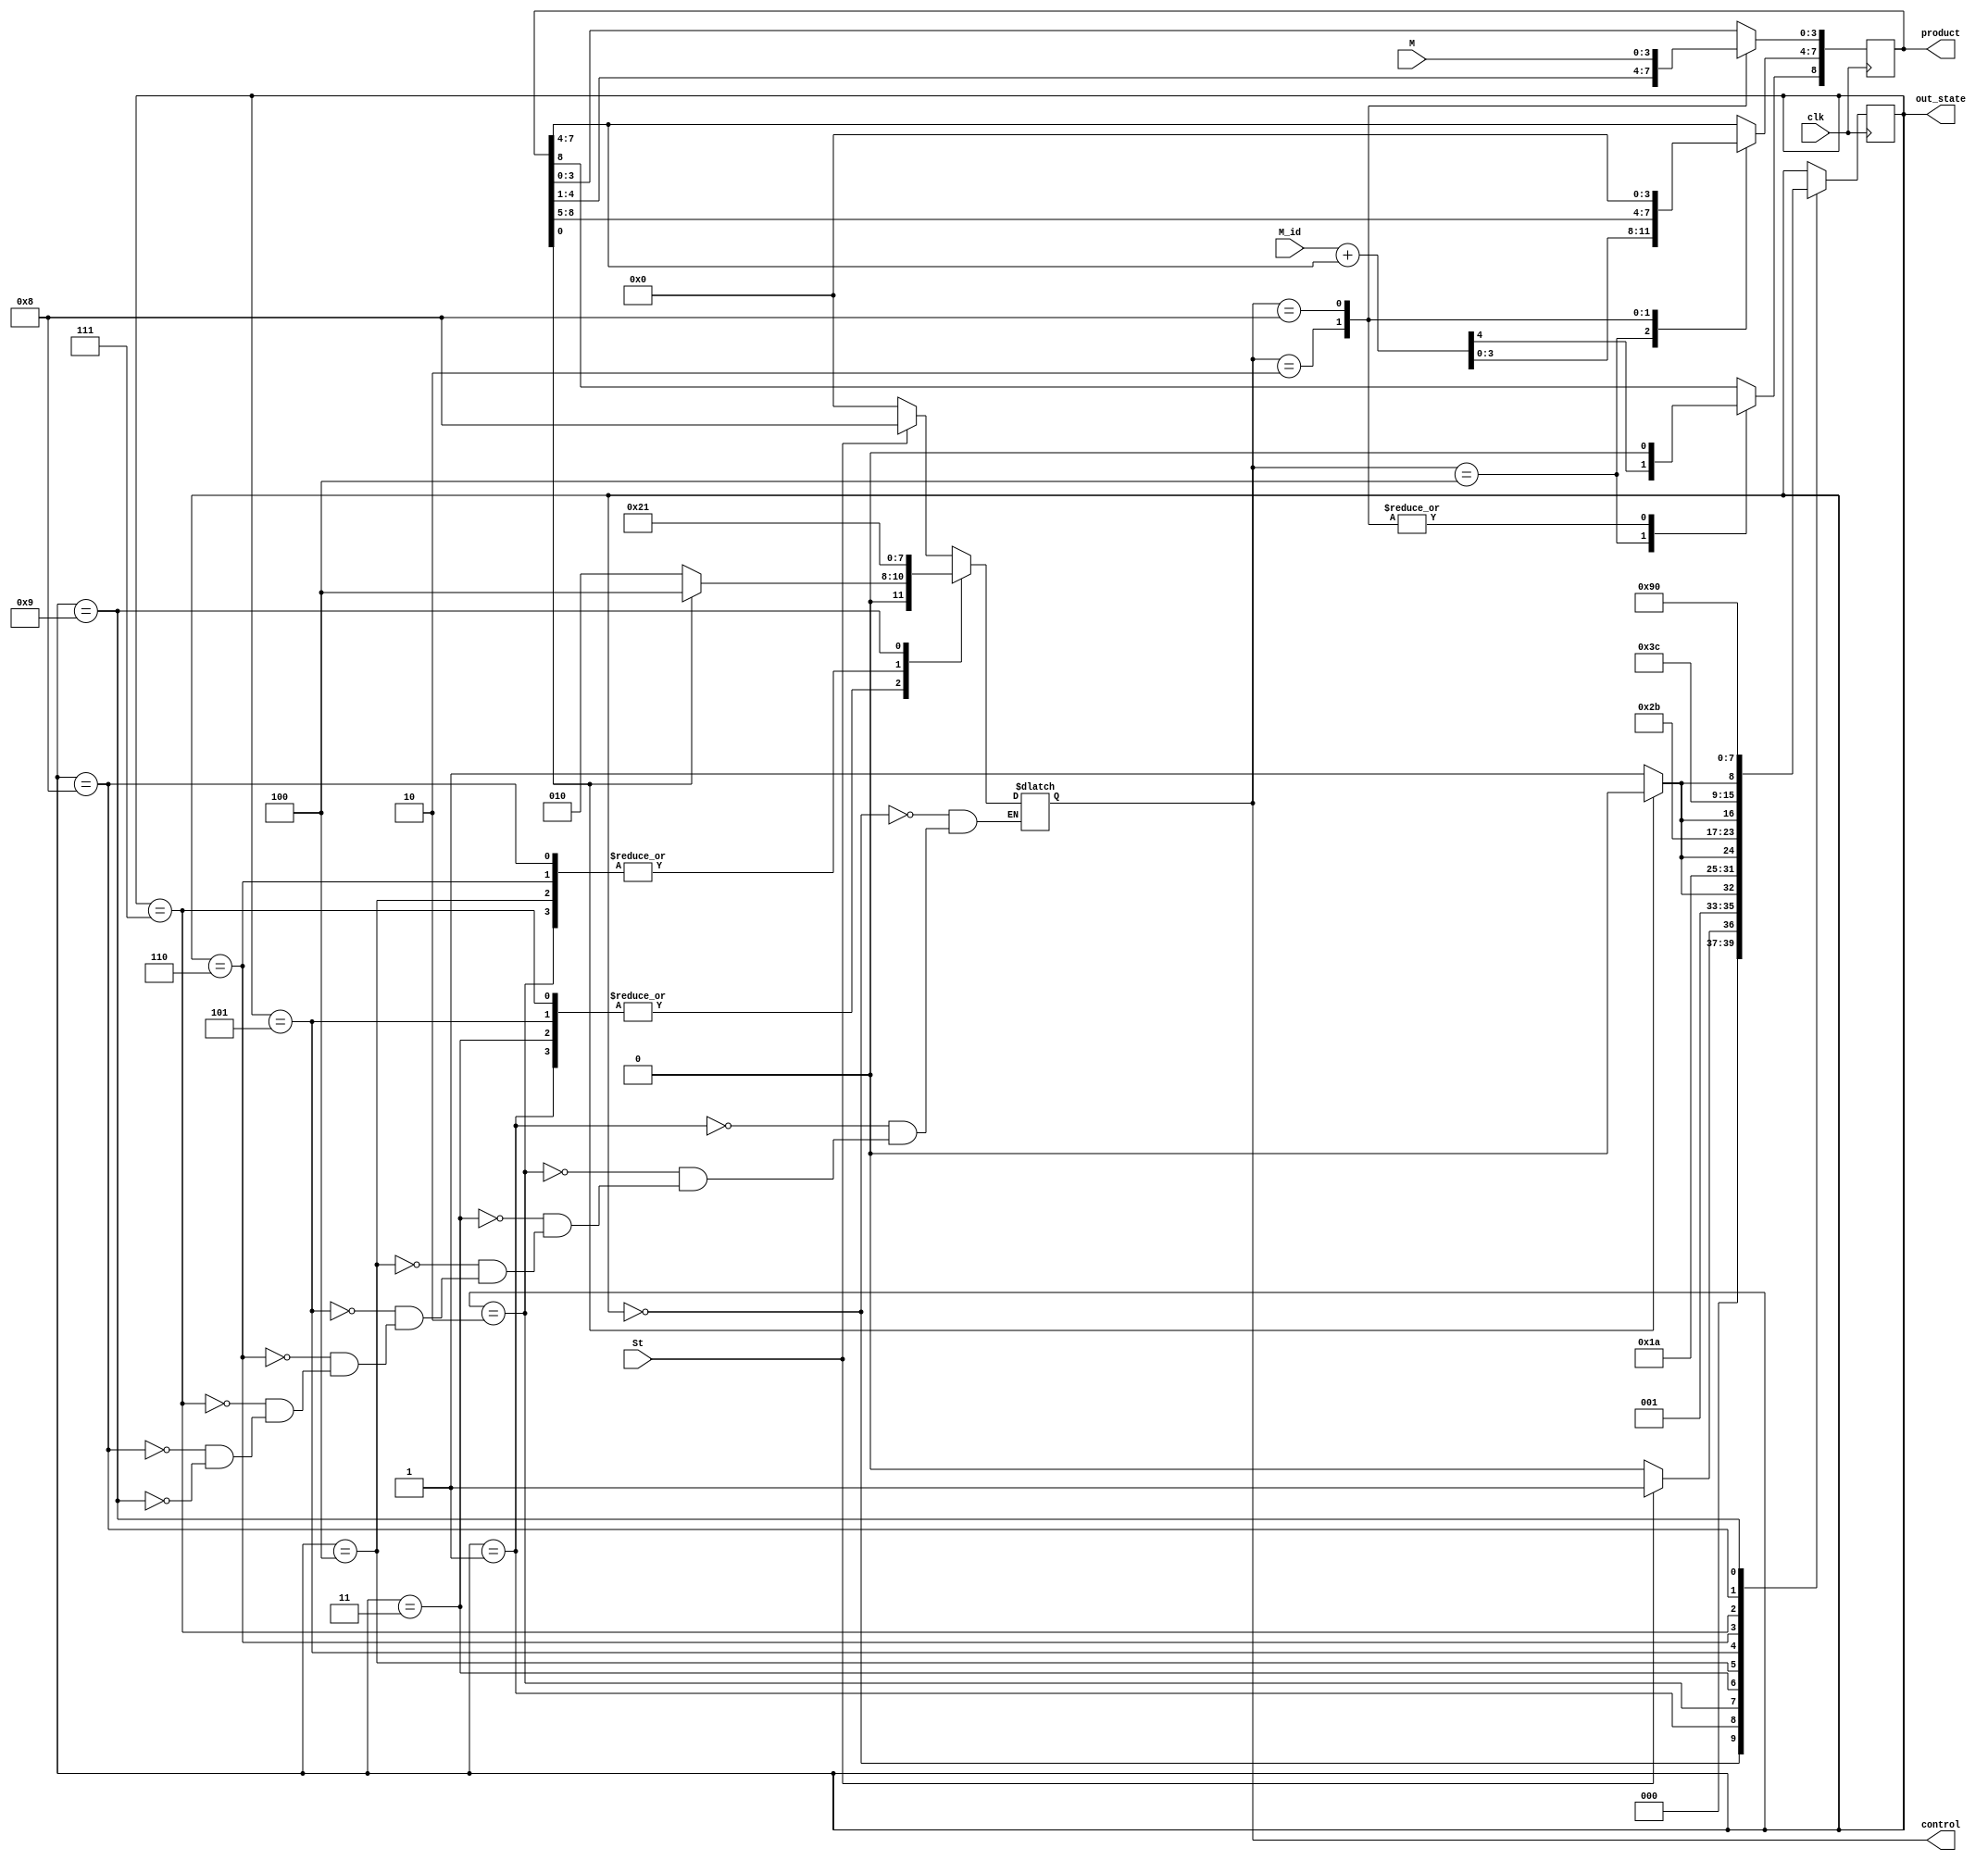
module LAB1(product,out_state,clk,control,St,M,M_id);
input [3:0] M,M_id;
input clk,St;
output reg [8:0] product;
output reg [3:0]control,out_state;
wire [3:0]sum;

assign K=product[0];
assign {cout,sum}= M_id + product[7:4];

parameter S0=4'b0000,S1=4'b0001,S2=4'b0010,S3=4'b0011,S4=4'b0100;
parameter S5=4'b0101,S6=4'b0110,S7=4'b0111,S8=4'b1000,S9=4'b1001;

always@(posedge clk)
begin
   case(control)
     4'b0100: 
             begin 
              product[7:4]=sum[3:0];
              product[8]=cout;
               end
     4'b0010: 
             begin
              product=product>>1;
                
               end
               
     4'b1000: begin
              product={5'b0000,M};
              end
   endcase
end


always@(posedge clk)
begin
 case (out_state)
  S0: 
    out_state=(St==1'b1)?S1:S0;
  S1: 
    out_state=(K==1'b1)?S2:S3;
  S2: 
     out_state=S3;
  S3: 
    out_state=(K==1'b1)?S4:S5;
  S4: 
    out_state=S5;
  S5: 
    out_state=(K==1'b1)?S6:S7;
  S6:
     out_state=S7;
  S7: 
    out_state=(K==1'b1)?S8:S9;
  S8:
     out_state=S9;
  S9:
     out_state=S0; 
 endcase
end


always@(*)
begin
 case (out_state)
  S0: control=(St==1'b1)?4'b1000:4'b0000;
  S1: control=(K==1'b1)?4'b0100:4'b0010;
  S2: control=4'b0010;
  S3: control=(K==1'b1)?4'b0100:4'b0010;
  S4: control=4'b0010;
  S5: control=(K==1'b1)?4'b0100:4'b0010;
  S6: control=4'b0010;
  S7: control=(K==1'b1)?4'b0100:4'b0010;
  S8: control=4'b0010;
  S9: control=4'b0001;   
 endcase
 end

 endmodule